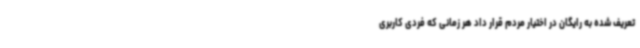
تعریف شده به رایگان در اختیار مردم قرار داد هر زمانی که فردی کاربری